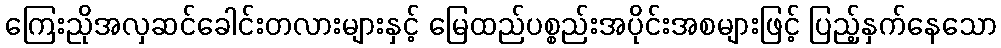
ကြေးညိုအလှဆင်ခေါင်းတလားများနှင့် မြေထည်ပစ္စည်းအပိုင်းအစများဖြင့် ပြည့်နှက်နေသော